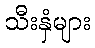
သီးနှံများ